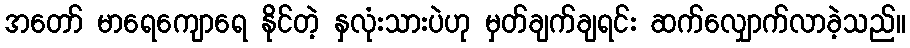
အတော် မာရေကျောရေ နိုင်တဲ့ နှလုံးသားပဲဟု မှတ်ချက်ချရင်း ဆက်လျှောက်လာခဲ့သည်။